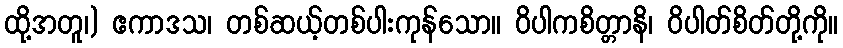
ထို့အတူ၊) ဧကာဒသ၊ တစ်ဆယ့်တစ်ပါးကုန်သော။ ဝိပါကစိတ္တာနိ၊ ဝိပါတ်စိတ်တို့ကို။